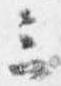
三